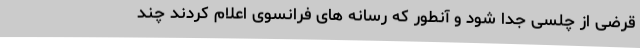
قرضی از چلسی جدا شود و آنطور که رسانه های فرانسوی اعلام کردند چند